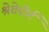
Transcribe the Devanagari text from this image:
श्रेवेपोर्ट